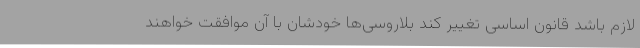
لازم باشد قانون اساسی تغییر کند بلاروسی‌ها خودشان با آن موافقت خواهند